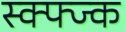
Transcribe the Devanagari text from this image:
स्क्फ्ज्क